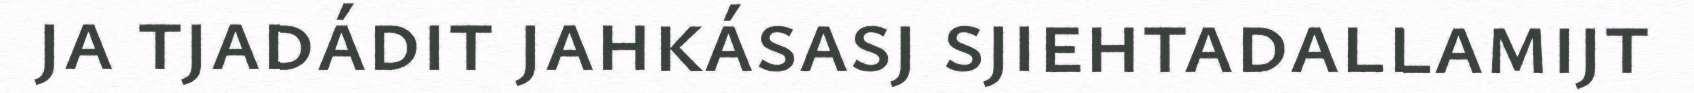
ja tjadádit jahkásasj sjiehtadallamijt